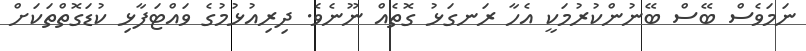
ނަމަވެސް ބޭސް ބޭނުންކުރުމަކީ އެހާ ރަނގަޅު ގޮތެއް ނޫނެވެ. ދިރިއުޅުމުގެ ވައްޓަފާޅި ކުޑަގޮތްތަކަށް